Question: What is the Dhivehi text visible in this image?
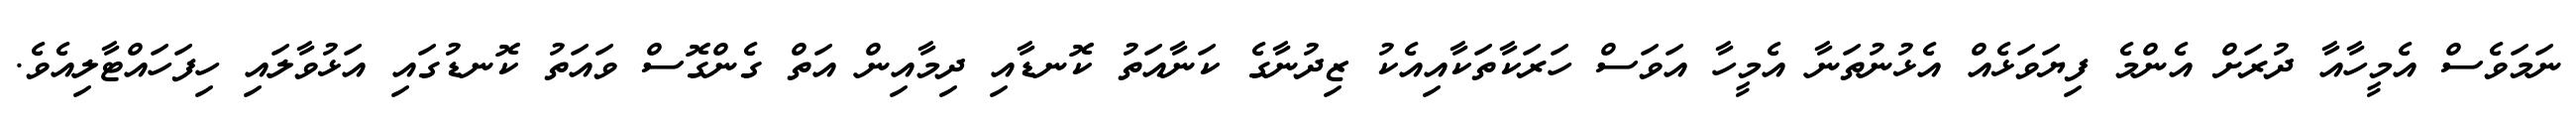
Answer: ނަމަވެސް އެމީހާއާ ދުރަށް އެންމެ ފިޔަވަޅެއް އެޅުނުތަނާ އެމީހާ އަވަސް ހަރަކާތަކާއިއެކު ޒިދުނާގެ ކަނާއަތު ކޮނޑާއި ދިމާއިން އަތް ގެންގޮސް ވައަތު ކޮނޑުގައި އަޅުވާލައި ހިފަހައްޓާލިއެވެ.